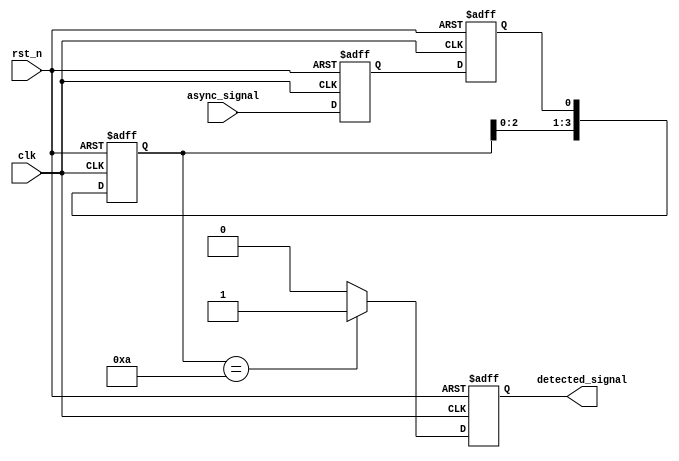
module dual_ff_detector (
    input wire clk,               // Clock signal
    input wire rst_n,             // Active low reset
    input wire async_signal,      // Asynchronous input signal
    output reg detected_signal     // Output signal indicating pattern detection
);

    // Parameters for the pattern to detect
    parameter PATTERN_WIDTH = 4;  // Width of the pattern to detect
    parameter PATTERN = 4'b1010;   // Example pattern to detect

    // Dual flip-flops for synchronization
    reg ff1, ff2;

    // Memory block to store detected patterns
    reg [PATTERN_WIDTH-1:0] memory_block;

    // Synchronization logic
    always @(posedge clk or negedge rst_n) begin
        if (!rst_n) begin
            ff1 <= 1'b0;
            ff2 <= 1'b0;
        end else begin
            ff1 <= async_signal; // Sample the async signal
            ff2 <= ff1;          // Sample the output of the first FF
        end
    end

    // Detection logic
    always @(posedge clk or negedge rst_n) begin
        if (!rst_n) begin
            detected_signal <= 1'b0;
            memory_block <= {PATTERN_WIDTH{1'b0}}; // Clear memory block
        end else begin
            // Store the synchronized signal in the memory block
            memory_block <= {memory_block[PATTERN_WIDTH-2:0], ff2};

            // Check if the last bits of the memory block match the pattern
            if (memory_block == PATTERN) begin
                detected_signal <= 1'b1; // Pattern detected
            end else begin
                detected_signal <= 1'b0; // No pattern detected
            end
        end
    end

endmodule